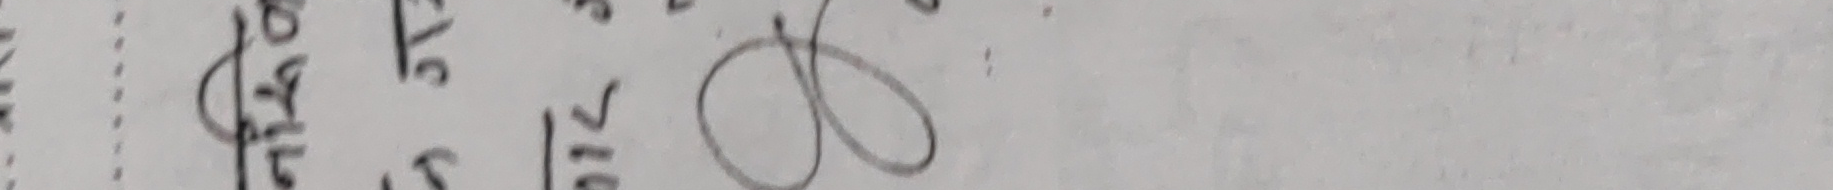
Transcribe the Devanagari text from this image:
६५ 6
भित्त ३१८
जहाँ